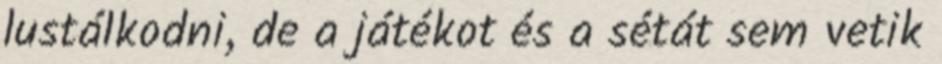
lustálkodni, de a játékot és a sétát sem vetik